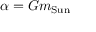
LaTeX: \alpha = G m _ { \mathrm { S u n } }